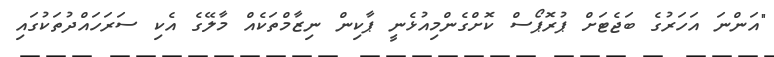
"އަންނަ އަހަރުގެ ބަޖެޓަށް ޕުރޮޕޯސް ކޮށްގެންމިއުޅެނީ ޕާކިން ނިޒާމްތަކެއް މާލޭގެ އެކި ސަރަހައްދުތަކުގައި